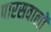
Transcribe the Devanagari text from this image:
पारसवालों